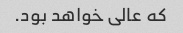
که عالی خواهد بود.